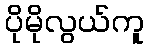
ပိုမိုလွယ်ကူ